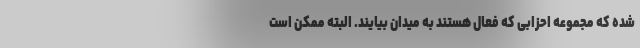
شده که مجموعه احزابی که فعال هستند به میدان بیایند. البته ممکن است